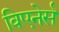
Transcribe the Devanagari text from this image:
विएनेर्स